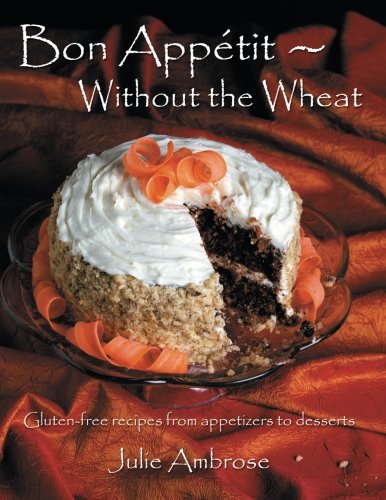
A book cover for Bon Appetit: Without the Wheat: Gluten-free recipes from appetizers to desserts; Julie Ambrose; Health, Fitness & Dieting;